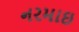
નરમાઇ